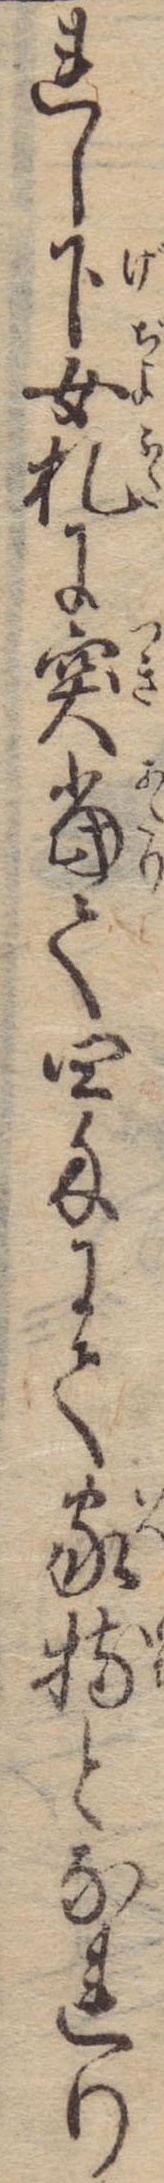
れし下女札に突当て四匁にて家持となれり